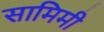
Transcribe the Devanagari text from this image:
सामिमी